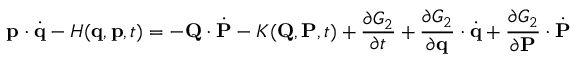
\mathbf { p } \cdot { \dot { \mathbf { q } } } - H ( \mathbf { q } , \mathbf { p } , t ) = - \mathbf { Q } \cdot { \dot { \mathbf { P } } } - K ( \mathbf { Q } , \mathbf { P } , t ) + { \frac { \partial G _ { 2 } } { \partial t } } + { \frac { \partial G _ { 2 } } { \partial \mathbf { q } } } \cdot { \dot { \mathbf { q } } } + { \frac { \partial G _ { 2 } } { \partial \mathbf { P } } } \cdot { \dot { \mathbf { P } } }